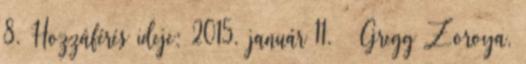
8. Hozzáférés ideje: 2015. január 11. ↑ Gregg Zoroya,